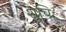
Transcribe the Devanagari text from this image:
शुचिः